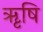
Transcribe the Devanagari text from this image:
ॠृषि